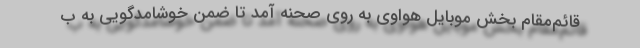
قائم‌مقام بخش موبایل هواوی به روی صحنه آمد تا ضمن خوشامدگویی به ب